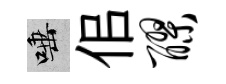
唾佀醪